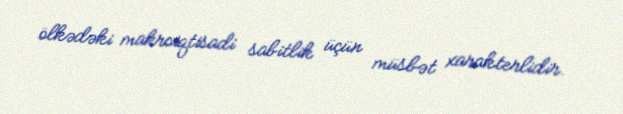
ölkədəki makroiqtisadi sabitlik üçün müsbət xarakterlidir.